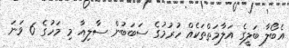
އެބޯލާ ބަލީގެ އަލާމަތްތަކެއް ހުރުމުގެ ސަބަބުން ސާލިއާ މި މަހުގެ 6 ވަނަ